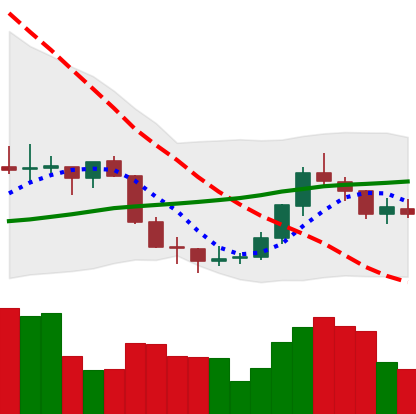
Ticker: EOS-USD
Chart end date: 2018-07-22
Forward return: 6.525%
Label: up_5_7